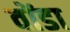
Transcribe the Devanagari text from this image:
वोंडा